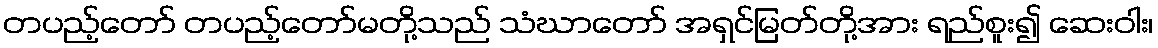
တပည့်တော် တပည့်တော်မတို့သည် သံဃာတော် အရှင်မြတ်တို့အား ရည်စူး၍ ဆေးဝါး၊